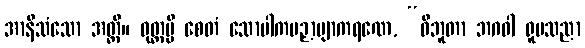
အာနိသံသော အတ္ထိ။ ဝုတ္တမ္ပိ စေတံ သောပါကပဉှာဗျာကရဏေ, “ဝိဘူတာ ဘဂဝါ ရူပသညာ